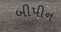
બીપીન